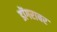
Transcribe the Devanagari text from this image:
डोंगराबर